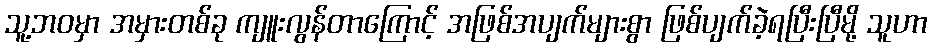
သူ့ဘဝမှာ အမှားတစ်ခု ကျူးလွန်တာကြောင့် အဖြစ်အပျက်များစွာ ဖြစ်ပျက်ခဲ့ရပြီးပြီမို့ သူဟာ